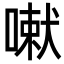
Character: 𭊄